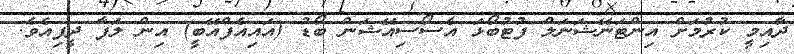
ދާއިމީ ކުރުމަށް އިންޓަނޭޝަނަލް ފުޓުބޯޅަ އެސޯސިއޭޝަން ބޯޑު (އައިއެފްއޭބީ) އިން ލަފާ ދީފިއެވެ.